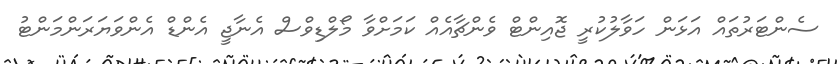
ސެންޓަރުތައް އަޅަން ހަވާލުކުރީ ޖޮއިންޓް ވެންޗާއެއް ކަމަށްވާ މޯލްޑިވްސް އެނާޖީ އެންޑް އެންވަޔަރަންމަންޓު